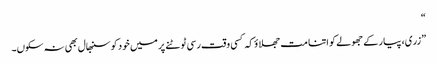
“
”زری، پیار کے جھولے کو اتنا مت جھلاؤ کہ کسی وقت رسی ٹوٹنے پر میں خود کو سنبھال بھی نہ سکوں۔